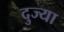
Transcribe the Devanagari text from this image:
दुज्या